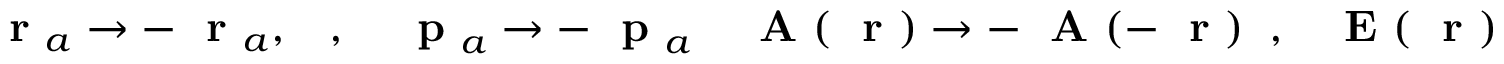
\mathrm { ~ \bf ~ r ~ } _ { a } \to - \mathrm { ~ \bf ~ r ~ } _ { a } , \; \; \; , \; \; \; \mathrm { ~ \bf ~ p ~ } _ { a } \to - \mathrm { ~ \bf ~ p ~ } _ { a } \; \; \; \mathrm { ~ \bf ~ A ~ } ( \mathrm { ~ \bf ~ r ~ } ) \to - \mathrm { ~ \bf ~ A ~ } ( - \mathrm { ~ \bf ~ r ~ } ) \; \; , \; \; \mathrm { ~ \bf ~ E ~ } ( \mathrm { ~ \bf ~ r ~ } ) \to - \mathrm { ~ \bf ~ E ~ } ( - \mathrm { ~ \bf ~ r ~ } )